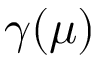
\gamma ( \mu )